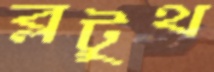
ব্লটুথ